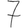
Digit: 7